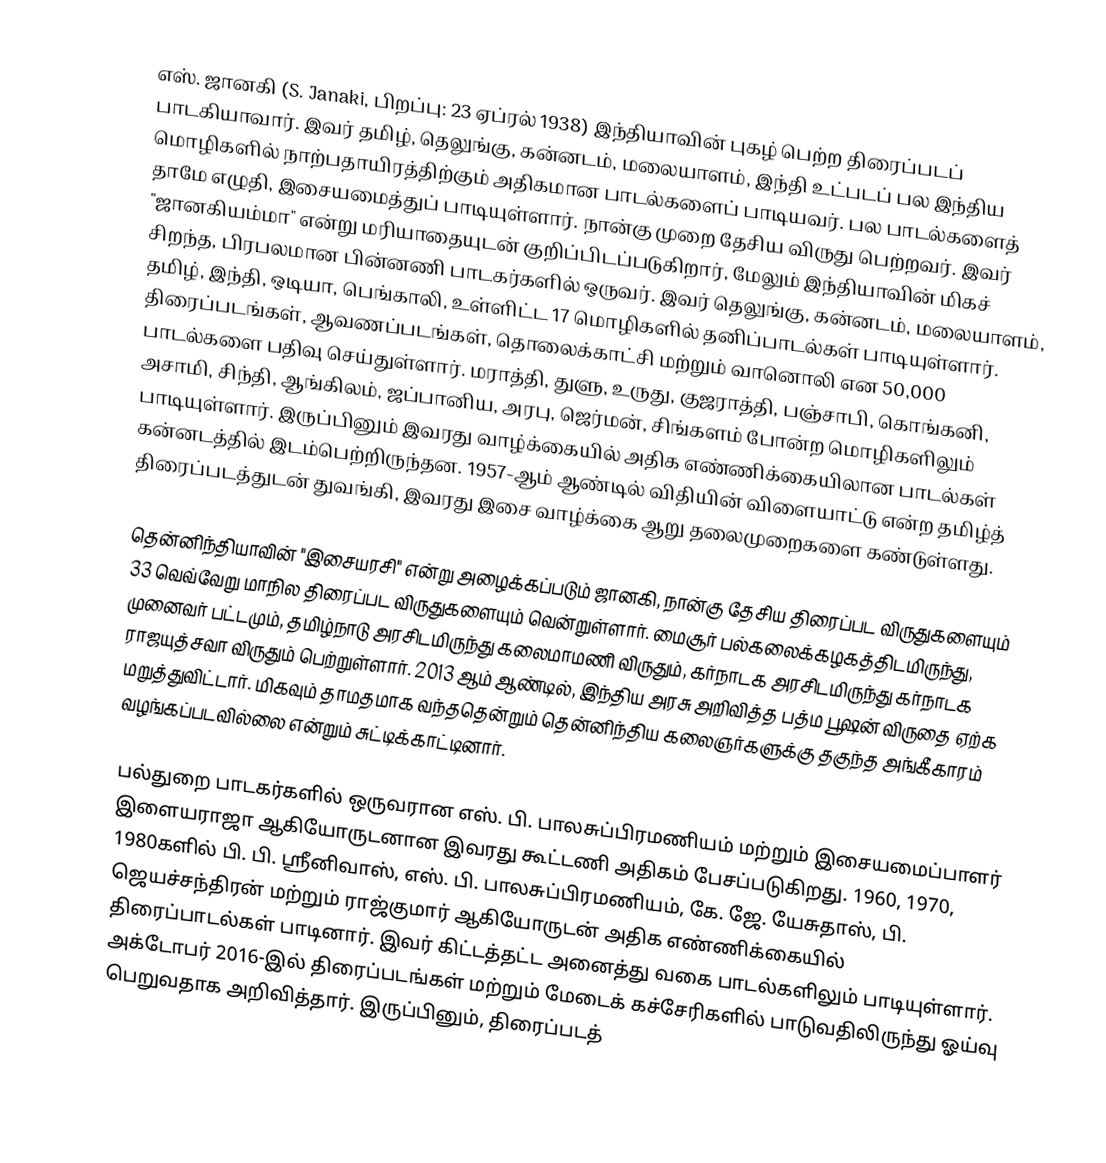
எஸ். ஜானகி (S. Janaki, பிறப்பு: 23 ஏப்ரல் 1938) இந்தியாவின் புகழ் பெற்ற திரைப்படப் பாடகியாவார். இவர் தமிழ், தெலுங்கு, கன்னடம், மலையாளம், இந்தி உட்படப் பல இந்திய மொழிகளில் நாற்பதாயிரத்திற்கும் அதிகமான பாடல்களைப் பாடியவர். பல பாடல்களைத் தாமே எழுதி, இசையமைத்துப் பாடியுள்ளார். நான்கு முறை தேசிய விருது பெற்றவர். இவர் "ஜானகியம்மா" என்று மரியாதையுடன் குறிப்பிடப்படுகிறார், மேலும் இந்தியாவின் மிகச் சிறந்த, பிரபலமான பின்னணி பாடகர்களில் ஒருவர். இவர் தெலுங்கு, கன்னடம், மலையாளம், தமிழ், இந்தி, ஒடியா, பெங்காலி, உள்ளிட்ட 17 மொழிகளில் தனிப்பாடல்கள் பாடியுள்ளார். திரைப்படங்கள், ஆவணப்படங்கள், தொலைக்காட்சி மற்றும் வானொலி என 50,000 பாடல்களை பதிவு செய்துள்ளார். மராத்தி, துளு, உருது, குஜராத்தி, பஞ்சாபி, கொங்கனி, அசாமி, சிந்தி, ஆங்கிலம், ஜப்பானிய, அரபு, ஜெர்மன், சிங்களம் போன்ற மொழிகளிலும் பாடியுள்ளார். இருப்பினும் இவரது வாழ்க்கையில் அதிக எண்ணிக்கையிலான பாடல்கள் கன்னடத்தில் இடம்பெற்றிருந்தன. 1957-ஆம் ஆண்டில் விதியின் விளையாட்டு என்ற தமிழ்த் திரைப்படத்துடன் துவங்கி, இவரது இசை வாழ்க்கை ஆறு தலைமுறைகளை கண்டுள்ளது.

தென்னிந்தியாவின் "இசையரசி" என்று அழைக்கப்படும் ஜானகி,  நான்கு தேசிய திரைப்பட விருதுகளையும் 33 வெவ்வேறு மாநில திரைப்பட விருதுகளையும் வென்றுள்ளார். மைசூர் பல்கலைக்கழகத்திடமிருந்து, முனைவர் பட்டமும், தமிழ்நாடு அரசிடமிருந்து கலைமாமணி விருதும், கர்நாடக அரசிடமிருந்து கர்நாடக ராஜயுத்சவா விருதும் பெற்றுள்ளார். 2013 ஆம் ஆண்டில், இந்திய அரசு அறிவித்த பத்ம பூஷன் விருதை ஏற்க மறுத்துவிட்டார். மிகவும் தாமதமாக  வந்ததென்றும் தென்னிந்திய கலைஞர்களுக்கு தகுந்த அங்கீகாரம் வழங்கப்படவில்லை என்றும் சுட்டிக்காட்டினார்.

பல்துறை பாடகர்களில் ஒருவரான எஸ். பி. பாலசுப்பிரமணியம் மற்றும் இசையமைப்பாளர் இளையராஜா ஆகியோருடனான இவரது கூட்டணி அதிகம் பேசப்படுகிறது. 1960, 1970, 1980களில் பி. பி. ஸ்ரீனிவாஸ், எஸ். பி. பாலசுப்பிரமணியம், கே. ஜே. யேசுதாஸ், பி. ஜெயச்சந்திரன் மற்றும் ராஜ்குமார் ஆகியோருடன் அதிக எண்ணிக்கையில் திரைப்பாடல்கள் பாடினார். இவர் கிட்டத்தட்ட அனைத்து வகை பாடல்களிலும் பாடியுள்ளார். அக்டோபர் 2016-இல் திரைப்படங்கள் மற்றும் மேடைக் கச்சேரிகளில் பாடுவதிலிருந்து ஓய்வு பெறுவதாக அறிவித்தார். இருப்பினும், திரைப்படத்